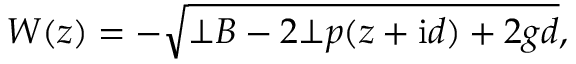
W ( z ) = - \sqrt { \bot { B } - 2 \bot { p } ( z + \mathrm { i } d ) + 2 g d } ,